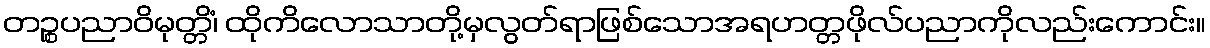
တဉ္စပညာဝိမုတ္တိံ၊ ထိုကိလောသာတို့မှလွတ်ရာဖြစ်သောအရဟတ္တဖိုလ်ပညာကိုလည်းကောင်း။